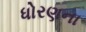
ધોરણના